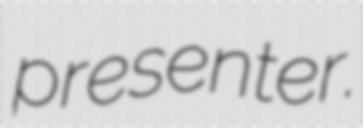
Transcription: presenter.